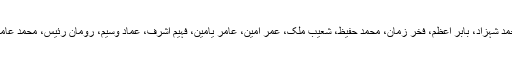
پاکستان کے 16 رکنی ٹی 20 اسکواڈ میں سرفراز احمد (کپتان)، احمد شہزاد، بابر اعظم، فخر زمان، محمد حفیظ، شعیب ملک، عمر امین، عامر یامین، فہیم اشرف، عماد وسیم، رومان رئیس، محمد عامر، حسن علی، محمد نواز، شاداب خان اور عثمان شنواری شامل ہیں۔